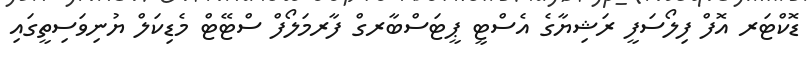
ޑޮކްޓަރ އޮފް ފިލޯސަފީ ރަޝިޔާގެ އެސްޓީ ޕީޓަސްބާރގް ފާރމަލޯފް ސްޓޭޓް މެޑިކަލް ޔުނިވަސިތީގައި